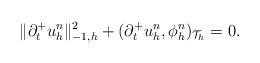
LaTeX: \begin{align*}\|\partial_{t}^+ u_h^n\|^2_{-1,h}+(\partial_{t}^+u_h^n,\phi_h^n)_{\mathcal{T}_h}=0.\end{align*}